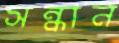
সন্ধান